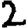
Digit: 2